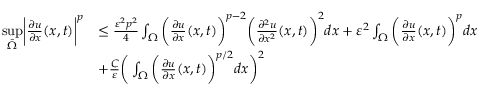
\begin{array} { r l } { \underset { \bar { \Omega } } { \operatorname* { s u p } } \bigg | \frac { \partial u } { \partial x } ( x , t ) \bigg | ^ { p } } & { \leq \frac { \varepsilon ^ { 2 } p ^ { 2 } } { 4 } \int _ { \Omega } \bigg ( \frac { \partial u } { \partial x } ( x , t ) \bigg ) ^ { p - 2 } \bigg ( \frac { \partial ^ { 2 } u } { \partial x ^ { 2 } } ( x , t ) \bigg ) ^ { 2 } d x + \varepsilon ^ { 2 } \int _ { \Omega } \bigg ( \frac { \partial u } { \partial x } ( x , t ) \bigg ) ^ { p } d x } \\ & { + \frac { C } { \varepsilon } \bigg ( \int _ { \Omega } \bigg ( \frac { \partial u } { \partial x } ( x , t ) \bigg ) ^ { p / 2 } d x \bigg ) ^ { 2 } } \end{array}